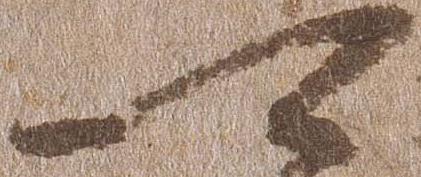
可